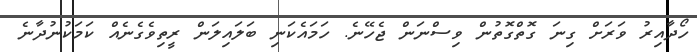
ހޯދާއިރު ވަރަށް ގިނަ ގޮތްގޮތުން ވިސްނަން ޖެހޭނެ. ހަމައެކަނި ބަލައިލަން ރީތިވެގެނެއް ކަމަކުނުދާނެ